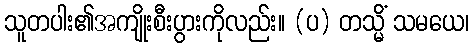
သူတပါး၏အကျိုးစီးပွားကိုလည်း။ (ပ) တသ္မိံ သမယေ၊